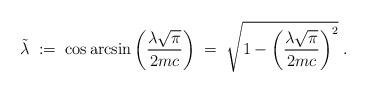
LaTeX: \begin{align*}\tilde{\lambda} \; := \; \cos \arcsin \left( \frac{\lambda \sqrt{\pi}}{2mc} \right) \; = \; \sqrt{1- \left( \frac{\lambda \sqrt{\pi}}{2mc} \right)^2} \; .\end{align*}